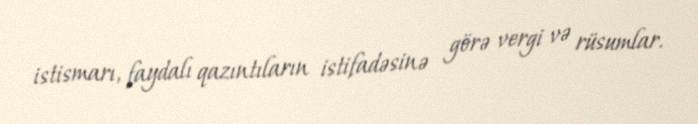
istismarı, faydalı qazıntıların istifadəsinə görə vergi və rüsumlar.